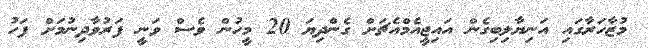
މުޒާހަރާގައި އަނިޔާލިބިގެން އައިޖީއެމްއެޗަށް ގެންދިޔަ 20 މީހުން ވެސް ވަނީ ފަރުވާދިނުމަށް ފަހު